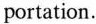
portation.